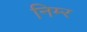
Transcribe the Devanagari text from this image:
निम्‍र